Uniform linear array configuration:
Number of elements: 24
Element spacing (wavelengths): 0.75
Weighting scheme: hamming
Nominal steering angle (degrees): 45
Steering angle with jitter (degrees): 45.532
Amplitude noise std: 0.05
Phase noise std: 0.05

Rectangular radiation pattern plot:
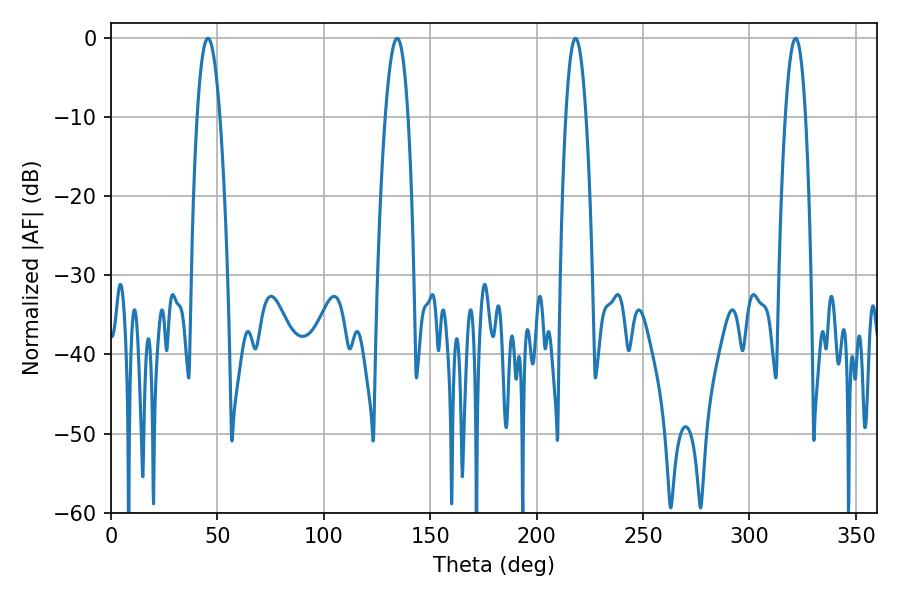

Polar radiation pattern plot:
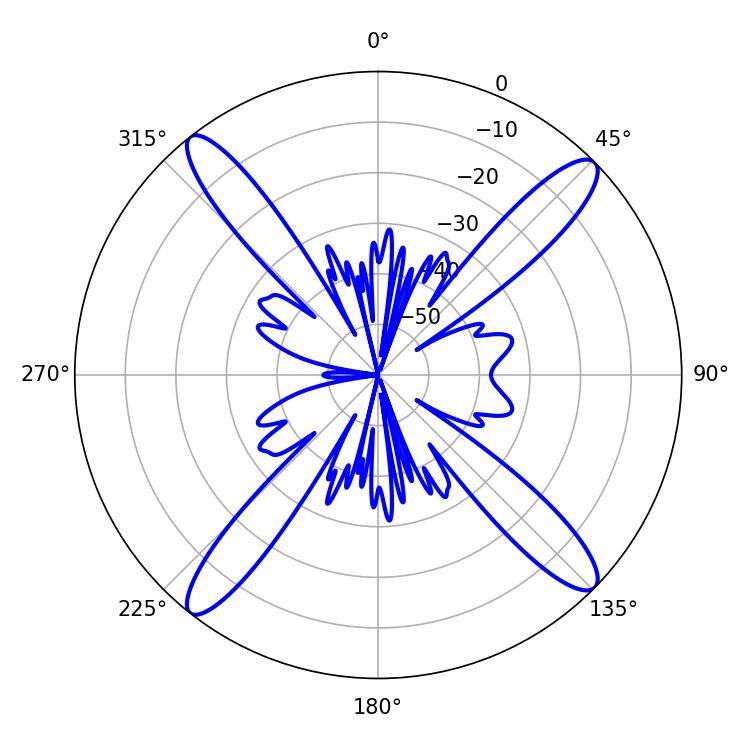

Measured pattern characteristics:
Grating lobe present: TRUE
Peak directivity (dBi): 17.424
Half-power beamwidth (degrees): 5.94
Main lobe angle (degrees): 45.54